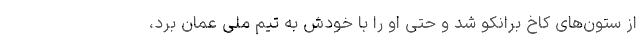
از ستون‌های کاخ برانکو شد و حتی او را با خودش به تیم ملی عمان برد،